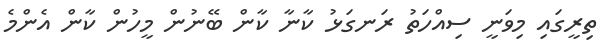
ތިރީގައި މިވަނީ ސިއްހަތު ރަނގަޅު ކާނާ ކާން ބޭނުން މީހުން ކާން އެންމެ